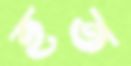
হত